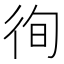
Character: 徇